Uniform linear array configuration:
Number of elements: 4
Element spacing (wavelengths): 0.5
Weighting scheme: binomial
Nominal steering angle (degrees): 45
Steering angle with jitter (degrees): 45.451
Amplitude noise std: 0.05
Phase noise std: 0.05

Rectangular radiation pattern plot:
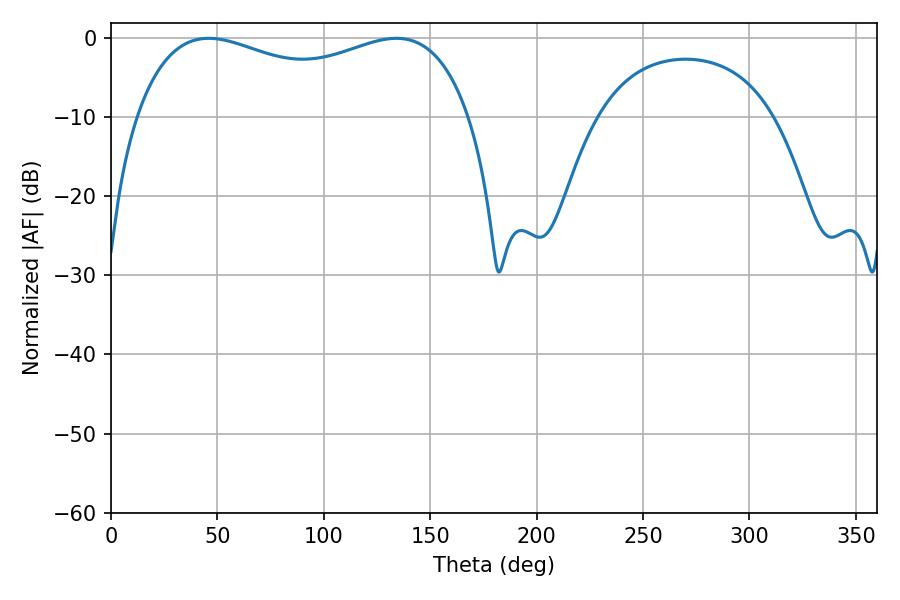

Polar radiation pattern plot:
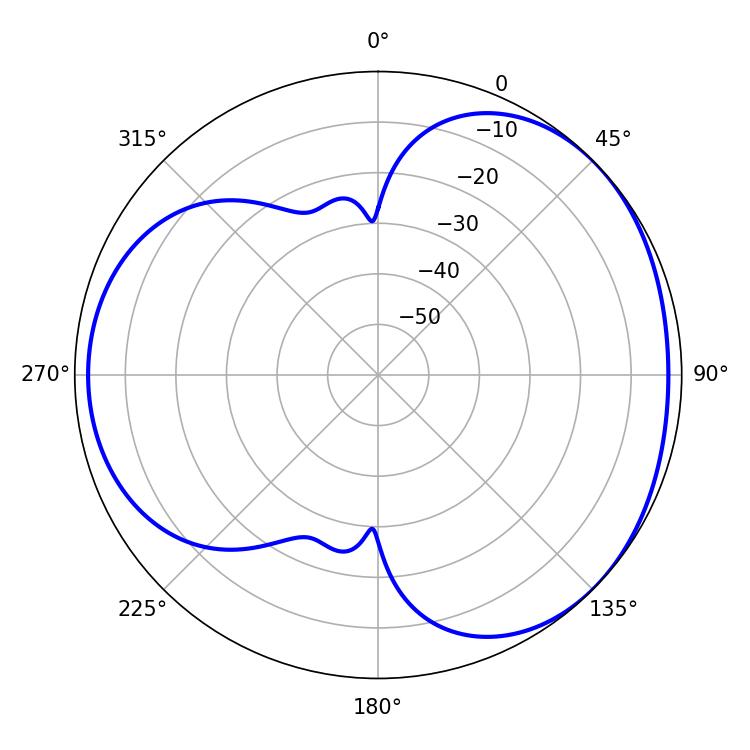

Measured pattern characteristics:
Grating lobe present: FALSE
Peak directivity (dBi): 3.483
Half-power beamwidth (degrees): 129.6
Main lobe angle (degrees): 45.9